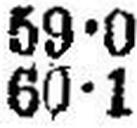
60•1